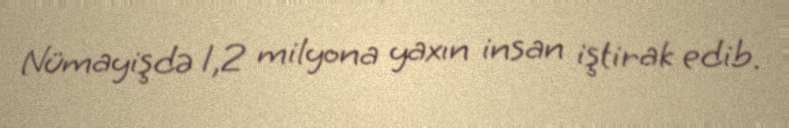
Nümayişdə 1,2 milyona yaxın insan iştirak edib.